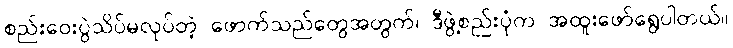
စည်းဝေးပွဲသိပ်မလုပ်တဲ့ ဖောက်သည်တွေအတွက်၊ ဒီဖွဲ့စည်းပုံက အထူးဖော်ရွေပါတယ်။